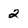
Character: 2